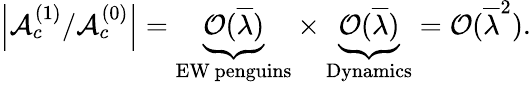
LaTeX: \left|{\cal A}_{c}^{(1)}/{\cal A}_{c}^{(0)}\right|=\underbrace{{\cal O}(\overline{{{\lambda}}})}_{\mathrm{EW\, penguins}}\times\underbrace{{\cal O}(\overline{{{\lambda}}})}_{\mathrm{Dynamics}}={\cal O}(\overline{{{\lambda}}}^{2}).